Scottish Leaving Certificate Examination, 1961
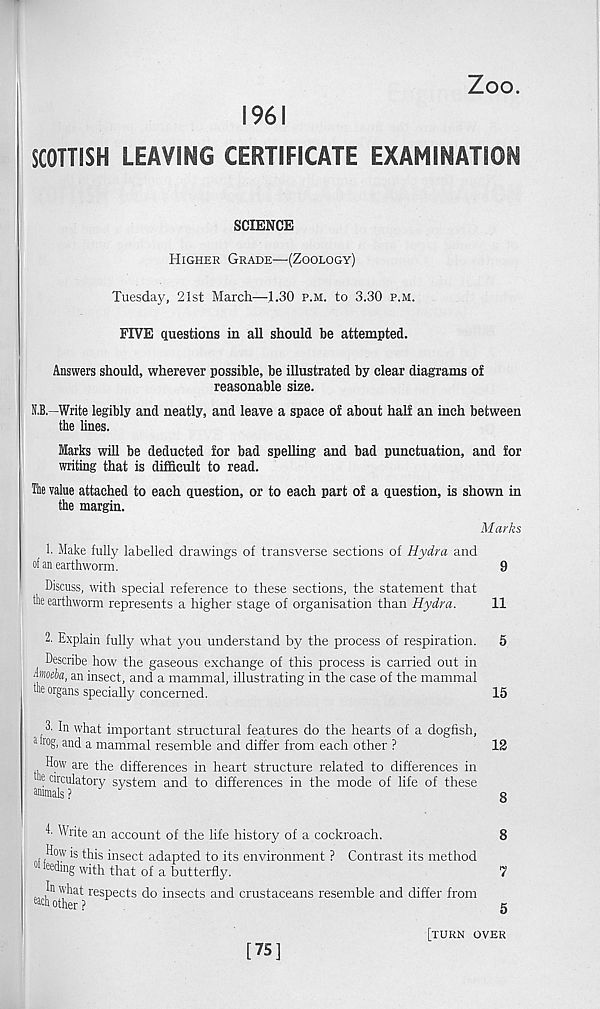
Zoo.
1961
SCOTTISH LEAVING CERTIFICATE EXAMINATION
SCIENCE
Higher Grade—'(Zoology)
Tuesday, 21st March—.1.30 p.m. to 3.30 p.m.
FIVE questions in all should be attempted.
Answers should, wherever possible, be illustrated by clear diagrams of
reasonable size.
N.B.—Write legibly and neatly, and leave a space of about half an inch between
the lines.
Marks will be deducted for bad spelling and bad punctuation, and for
writing that is difficult to read.
The value attached to each question, or to each part of a question, is shown in
the margin.
Marks
1. Make fully labelled drawings of transverse sections of Hydra and
of an earthworm.
9
Discuss, with special reference to these sections, the statement that
the earthworm represents a higher stage of organisation than Hydra.
11
2. Explain fully what you understand by the process of respiration.
5
Describe how the gaseous exchange of this process is carried out in
moeba, an insect, and a mammal, illustrating in the case of the mammal
the organs specially concerned.
15
1 In what important structural features do the hearts of a dogfish,
a M and a mammal resemble and differ from each other ?
How are the differences in heart structure related to differences in
16 cll 'culatory system and to differences in the mode of life of these
animals ?
4- Write an account of the life history of a cockroach.
How is this insect adapted to its environment ? Contrast its method
m feeding with that of a butterfly.
In what respects do insects and crustaceans resemble and differ from
Mother?
12
8
8
7
5
[75]
[turn over